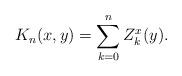
LaTeX: \begin{align*}K_{n}(x,y)=\sum_{k=0}^{n}Z_{k}^{x}(y). \end{align*}